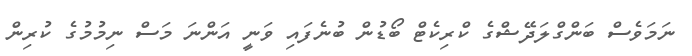
ނަމަވެސް ބަންގްލަދޭޝްގެ ކްރިކެޓް ބޯޑުން ބުނެފައި ވަނީ އަންނަ މަސް ނިމުމުގެ ކުރިން